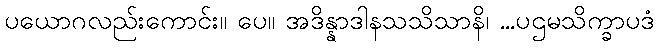
ပယောဂလည်းကောင်း။ ပေ။ အဒိန္နာဒါနသသိသာနိ၊ ...ပဌမသိက္ခာပဒံ